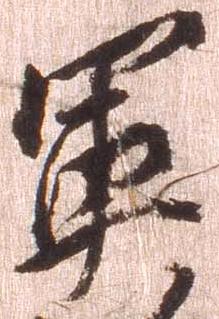
軍